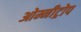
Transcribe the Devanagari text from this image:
ओम्नीट्रोप